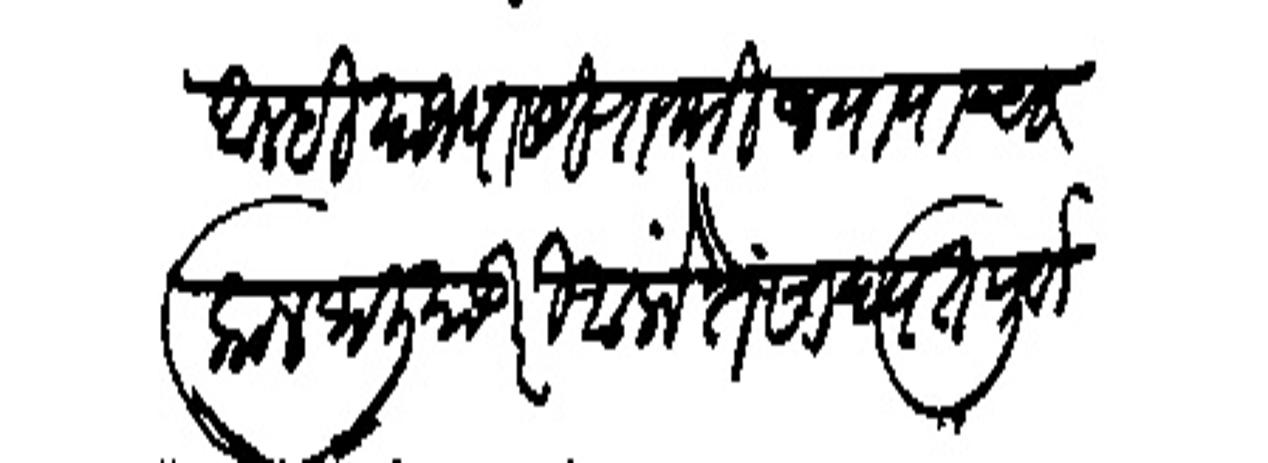
Transliteration (Devanagari): आम्ही याजपासी राजश्री जयापाचा काल जालियाउपरि आलों ते साद्यत पूर्वी